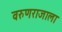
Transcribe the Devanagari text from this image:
वरुणराजाला